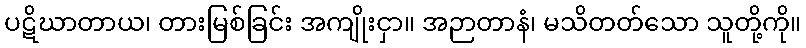
ပဋိဃာတာယ၊ တားမြစ်ခြင်း အကျိုးငှာ။ အဉာတာနံ၊ မသိတတ်သော သူတို့ကို။